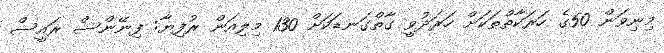
މިނިވަން 50ގެ ހަރަކާތްތަކަށް ހަރަދުވީ ގާތްގަނޑަކަށް 130 މިލިއަން ރުފިޔާ: ފިނޭންސް ރައީސް